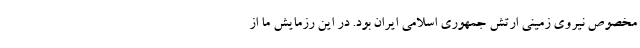
مخصوص نیروی زمینی ارتش جمهوری اسلامی ایران بود. در این رزمایش ما از